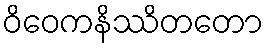
ဝိဝေကနိဿိတတော